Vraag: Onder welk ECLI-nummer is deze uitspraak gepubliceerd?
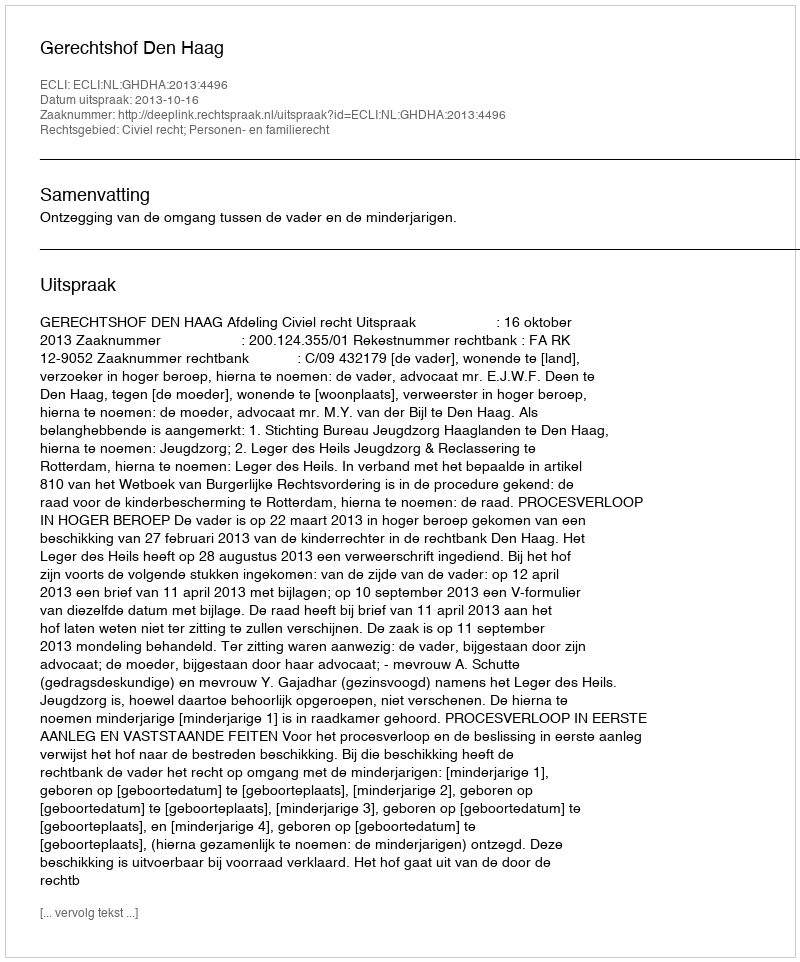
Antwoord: ECLI:NL:GHDHA:2013:4496